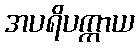
အပရိပက္ကာယ